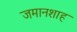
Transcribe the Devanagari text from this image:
जमानशाह